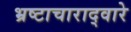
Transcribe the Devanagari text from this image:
भ्रष्टाचाराद्वारे